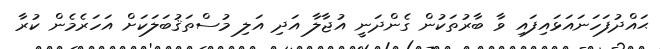
ޙައްދުފަހަނައަޅައިފައި ވާ ބާރުތަކުން ގެންދަނީ އުޖާލާ އަދި އަލި މުސްތަޤުބަލަކަށް އަހަރެމެން ކުރާ